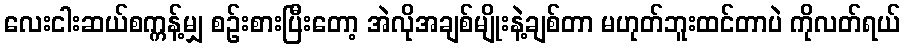
လေးငါးဆယ်စက္ကန့်မျှ စဉ်းစားပြီးတော့ အဲလိုအချစ်မျိုးနဲ့ချစ်တာ မဟုတ်ဘူးထင်တာပဲ ကိုလတ်ရယ်